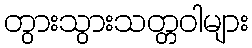
တွားသွားသတ္တဝါများ